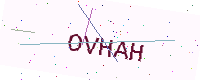
Text: OVHAH